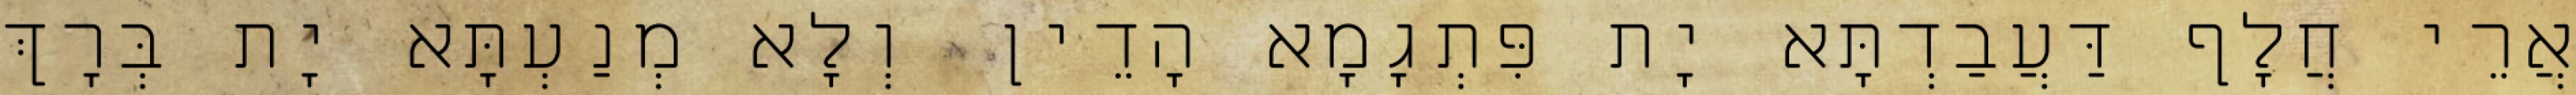
אֲרֵי חֲלָף דַּעֲבַדְתָּא יָת פִּתְגָמָא הָדֵין וְלָא מְנַעְתָּא יָת בְּרָךְ